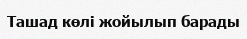
Ташад көлі жойылып барады